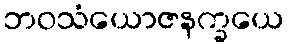
ဘဝသံယောဇနက္ခယေ